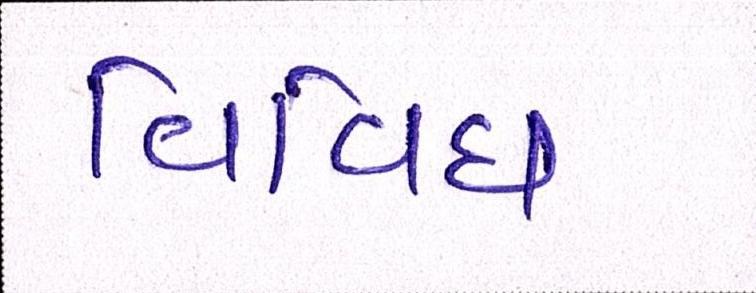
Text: વિવિધ